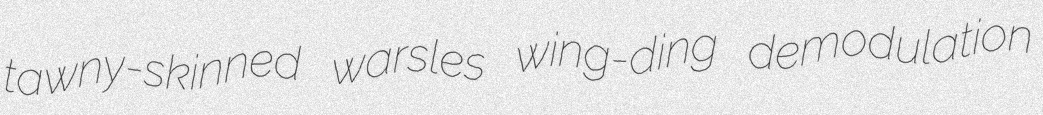
tawny-skinned warsles wing-ding demodulation